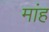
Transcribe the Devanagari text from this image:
मांह